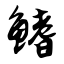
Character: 鳍